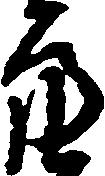
亮